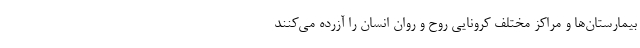
بیمارستان‌ها و مراکز مختلف کرونایی روح و روان انسان را آزرده می‌کنند